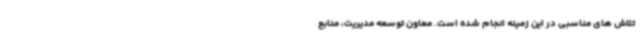
تلاش های مناسبی در این زمینه انجام شده است. معاون توسعه مدیریت، منابع